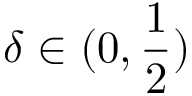
\delta \in ( 0 , \frac { 1 } { 2 } )